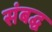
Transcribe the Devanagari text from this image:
संबद्घ